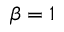
\beta = 1